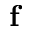
\textbf { f }